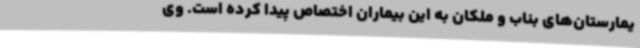
یمارستان‌های بناب و ملکان به این بیماران اختصاص پیدا کرده است. وی